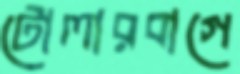
টোলারবাগে